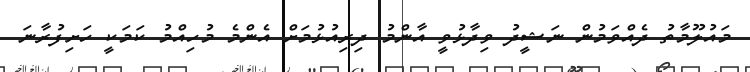
މައުލޫމާތު ދެއްވަމުން ނަޝީދު ވިދާޅުވީ އާންމު ދިރިއުޅުމަށް އެންމެ މުހިއްމު ކަމަކީ ހަށިފުރާނަ